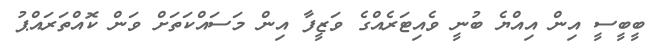
ބީބީސީ އިން އިއްޔެ ބުނީ ވެއިޓަރެއްގެ ވަޒީފާ އިން މަސައްކަތަށް ވަން ކޮއްތަރައްޕު